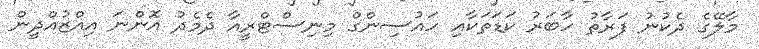
މާލޭގެ ދެކުނު ފަރާތު ހާބަރު ކަޑަތަކާއި ހައުސިންގް މިނިސްޓްރީއާ ދެމެދު އޮންނަ އިއްޒުއްދީން